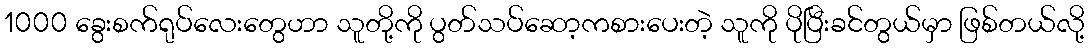
1000 ခွေးစက်ရုပ်လေးတွေဟာ သူတို့ကို ပွတ်သပ်ဆော့ကစားပေးတဲ့ သူကို ပိုပြီးခင်တွယ်မှာ ဖြစ်တယ်လို့